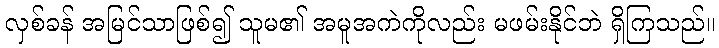
လှစ်ခန် အမြင်သာဖြစ်၍ သူမ၏ အမူအကဲကိုလည်း မဖမ်းနိုင်ဘဲ ရှိကြသည်။